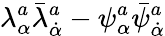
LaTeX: \lambda_{\alpha}^{a}\bar{\lambda}_{\dot{\alpha}}^{a}-\psi_{\alpha}^{a}\bar{\psi}_{\dot{\alpha}}^{a}